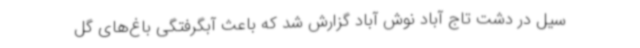
سیل در دشت تاج آباد نوش آباد گزارش شد که باعث آبگرفتگی باغ‌های گل